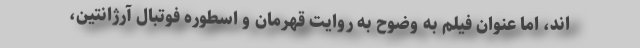
اند، اما عنوان فیلم به وضوح به روایت قهرمان و اسطوره فوتبال آرژانتین،